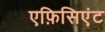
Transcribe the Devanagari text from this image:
एफ़िसिएंट